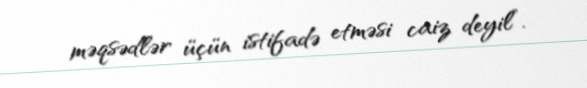
məqsədlər üçün istifadə etməsi caiz deyil”.